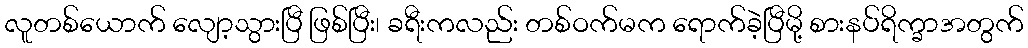
လူတစ်ယောက် လျော့သွားပြီ ဖြစ်ပြီး၊ ခရီးကလည်း တစ်ဝက်မက ရောက်ခဲ့ပြီမို့ စားနပ်ရိက္ခာအတွက်